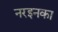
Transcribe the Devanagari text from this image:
नरइनका